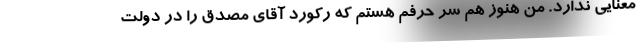
معنایی ندارد. من هنوز هم سر حرفم هستم که رکورد آقای مصدق را در دولت